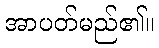
အာပတ်မည်၏။